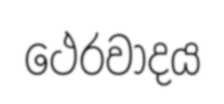
ථෙරවාදය